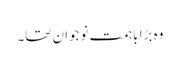
وہ بڑا باہمت نوجوان تھا۔